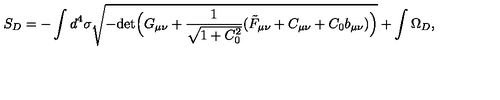
S _ { D } = - \int d ^ { 4 } \sigma \sqrt { - \mathrm { d e t } \Big ( G _ { \mu \nu } + \frac { 1 } { \sqrt { 1 + C _ { 0 } ^ { 2 } } } ( \tilde { F } _ { \mu \nu } + C _ { \mu \nu } + C _ { 0 } b _ { \mu \nu } ) \Big ) } + \int \Omega _ { D } ,